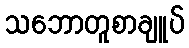
သဘောတူစာချူပ်